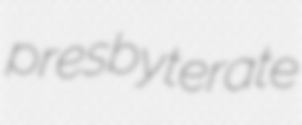
presbyterate